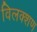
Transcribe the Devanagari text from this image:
विलक्शण